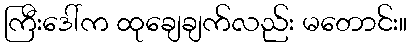
ကြီးဒေါ်က ထုချေချက်လည်း မတောင်း။